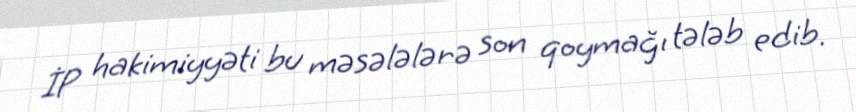
İP hakimiyyəti bu məsələlərə son qoymağı tələb edib.